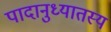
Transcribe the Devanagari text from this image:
पादानुध्यातस्य